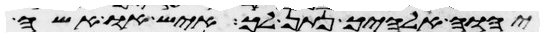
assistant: יהוה אלהיך נתן לך איש או אשה